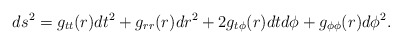
\begin{align*}ds^2=g_{tt}(r)dt^2+g_{rr}(r)dr^2+2g_{t\phi}(r)dtd\phi+g_{\phi\phi}(r)d\phi^2.\end{align*}